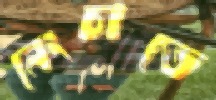
নেংচাতে